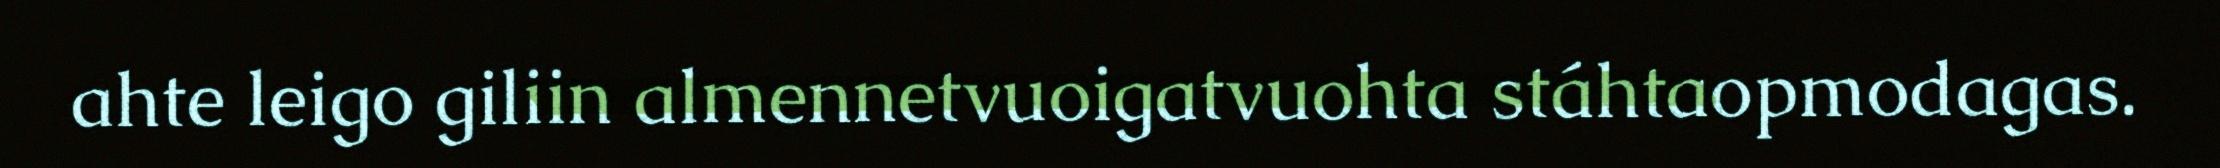
ahte leigo giliin almennetvuoigatvuohta stáhtaopmodagas.